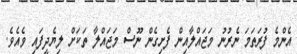
އެންމެ ފުރަތަމަ ނެރުނު މަޖައްލާއިން ފެށިގެން ނޫސް މަޖައްލާ ތަކަށް ލިޔެދީފައި ވެއެވެ.